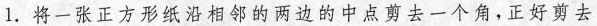
1.将一张正方形纸沿相邻的两边的中点剪去一个角，正好剪去